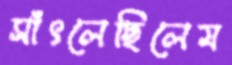
সাঁৎলেছিলেম